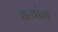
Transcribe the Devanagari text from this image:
सत्यांचा